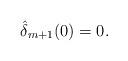
LaTeX: \begin{align*} \hat{\delta}_{m+1}(0)=0.\end{align*}